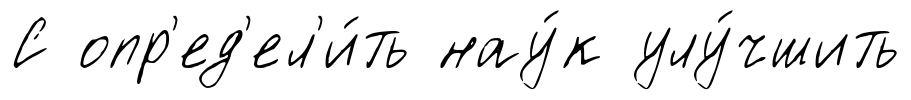
С опр'ед'ел'и́ть нау́к улу́чшить